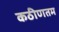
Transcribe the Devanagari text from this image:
कठीणतम